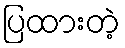
ပြထားတဲ့